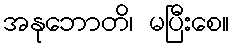
အနုဘောတိ၊ မပြီးစေ။